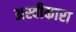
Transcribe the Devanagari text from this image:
अस्वीकारा